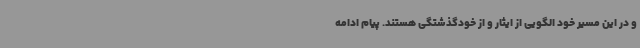
و در این مسیر خود الگویی از ایثار و از خودگذشتگی هستند. پیام ادامه